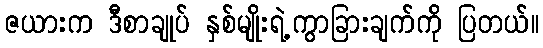
ဇယားက ဒီစာချုပ် နှစ်မျိုးရဲ့ကွာခြားချက်ကို ပြတယ်။